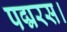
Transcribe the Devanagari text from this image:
पद्मरस।